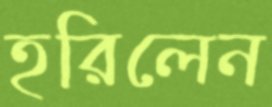
হরিলেন